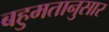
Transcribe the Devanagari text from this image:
बहुमतानुसार